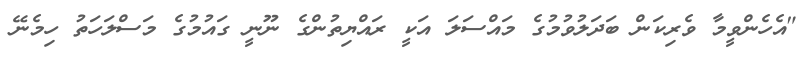
"އެހެންވީމާ ވެރިކަން ބަދަލުވުމުގެ މައްސަލަ އަކީ ރައްޔިތުންގެ ނޫނީ ގައުމުގެ މަސްލަހަތު ހިމެނޭ